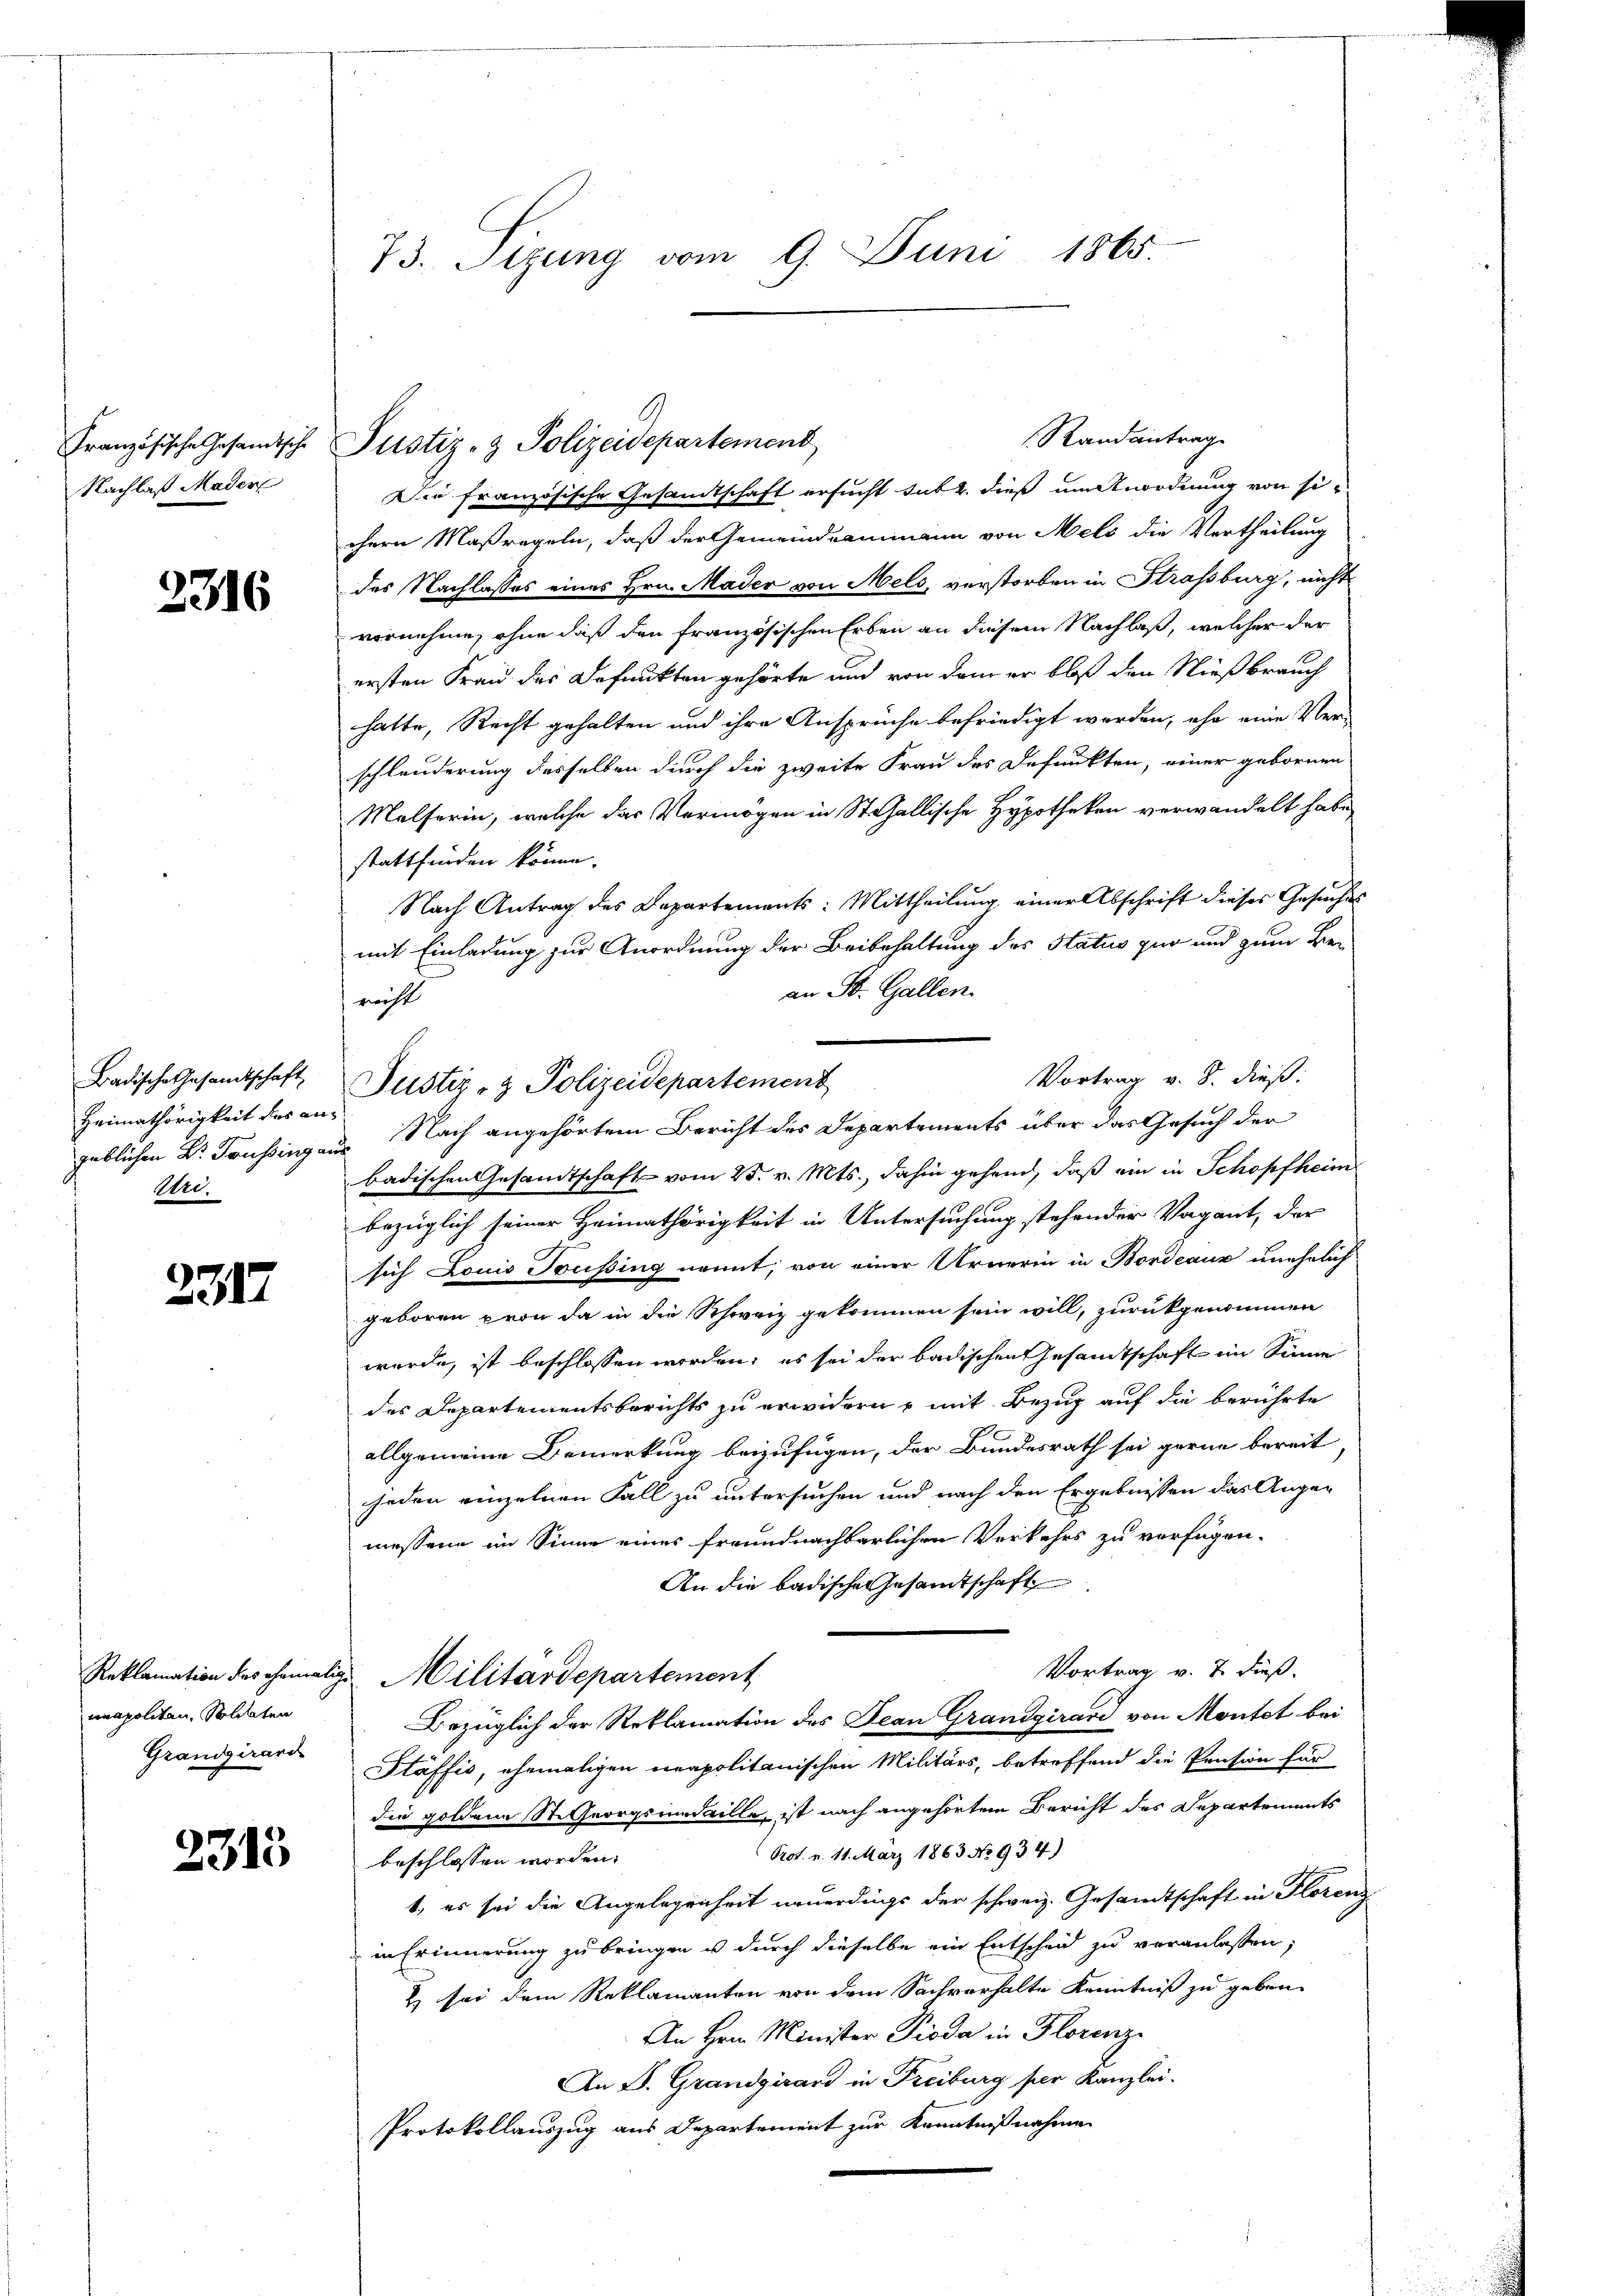
Französische Gesandtsche
Nachlaß Mader

2316

Badische Gesandtschaft
Heimathörigkeit der an-
Rer.

2317

unapolitan, Soldaten
Grandgirard

2313

73. Sizung vom 9. Juni 1865.

Die französische Gesandtschaft ersucht sub 2. dieß um Anordnung von sichern Maßregeln, daß der Gemeindeammann von Mels die Vertheilung
des Nachlasses eines Hrn. Mader von Mels, verstorben in Strassburg, nicht
vornehme, ohne daß den französischen Erben an diesem Nachlaß, welcher der
ersten Frau des Befunkten gehörte und von dem er bloß den Nießbrauch
hatte, Recht gehalten und ihre Ansprüche befriedigt werden, ohn eine Ver-
schlanderung desselben durch die zweite Frau des Defunkten, einer gebornen
Malferin, welche das Vermögen in St. Gallische Hypotheken verwandelt habe
stattfinden könne.
Nach Antrag des Departements: Mittheilung einer Abschrift dieser Gesuches
mit Einladung zur Anordnung der Beibehaltung des Status zur und zum Be-
an St. Gallen.
recht
Justiz- & Polizeidepartement
geblichen Dr. Toussing aus Nach angehörtem Bericht des Departements über das Gesuch der
badischen Gesandtschaft vom 25. v. Mts., dahin gehend, daß ein in Schopfheim
bezüglich seiner Heimathörigkeit in Untersuchung stehender Vagant, der
sich Louis Toussing nennt, von einer Urnerin in Bordeaux unehelich
geboren von da in die Schweiz gekommen sein will, zurückgenommen
wurde, ist beschlossen worden; es sei der badischen Gesamtschaft im Sinne
des Departementsberichts zu erwidern u mit Bezug auf die berührte
allgemeine Bemerkung beizufügen, der Bundesrath sei gerne bereit
jeden einzelnen Fall zu untersuchen und nach den Ergebnissen das Angemessene im Sinne eines freundnachbarlichen Verkehrs zu verfügen.
An die badischen Gesamtschaft
Vortrag v. J. dieß.
Reklamation des ehemalige Militärdepartement
Bezüglich der Reklamation des Jean Grandgirard von Montet bei
Stäffis, ehemaligen neapolitanischen Militärs, betreffend die Pension für
die golden St. Georgsidaille, ist nach angehörtem Bericht des Departements
Prot. v. 11. März 1863 No 934)
beschlossen worden.
t, es sei die Angelegenheit neuerdings der schweiz. Gesandtschaft in Florenz
in Erinnerung zu bringen u durch dieselbe ein Entscheid zu veranlassen,
 sei dem Reklamanten von dem Sachverhalte Kenntniß zu geben
An Hrn. Minister Pioda in Florenz
An B. Grandgisard in Freiburg per Kanzlei.
Protokollauszug aus Departement zur Kenntnißnahmen

Justiz- & Polizeidepartement

Randantrag

Vortrag v. 8. dieß: